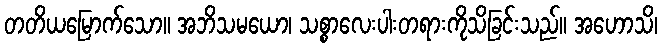
တတိယမြောက်သော။ အဘိသမယော၊ သစ္စာလေးပါးတရားကိုသိခြင်းသည်။ အဟောသိ၊